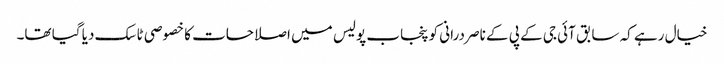
خیال رہے کہ سابق آئی جی کے پی کے ناصر درانی کو پنجاب پولیس میں اصلاحات کا خصوصی ٹاسک دیا گیا تھا۔